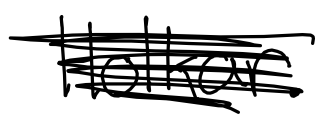
Text: Holkar.
Cross-out: scratch
Writing tool: digital_black